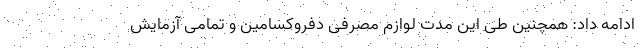
ادامه داد: همچنین طی این مدت لوازم مصرفی دفروکسامین و تمامی آزمایش